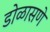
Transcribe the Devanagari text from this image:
डोळासणे